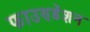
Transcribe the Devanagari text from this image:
फाउण्डेंशन